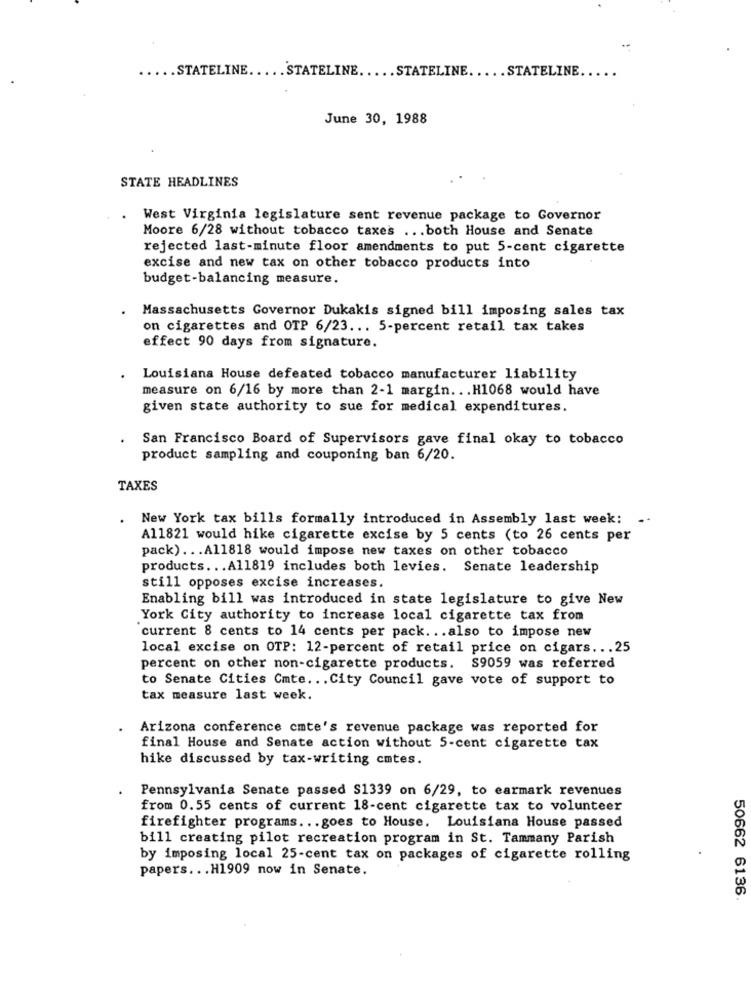
..... STATELINE ..... STATELINE ..... STATELINE ..... STATELINE.
June 30, 1988
STATE HEADLINES
.
West Virginia legislature sent revenue package to Governor
Moore 6/28 without tobacco taxes ... both House and Senate
rejected last-minute floor amendments to put 5-cent cigarette
excise and new tax on other tobacco products into
budget-balancing measure.
Massachusetts Governor Dukakis signed bill imposing sales tax
on cigarettes and OTP 6/23 ... 5-percent retail tax takes
effect 90 days from signature.
Louisiana House defeated tobacco manufacturer liability
measure on 6/16 by more than 2-1 margin .. . H1068 would have
given state authority to sue for medical expenditures.
San Francisco Board of Supervisors gave final okay to tobacco
product sampling and couponing ban 6/20.
TAXES
New York tax bills formally introduced in Assembly last week:
Al1821 would hike cigarette excise by 5 cents (to 26 cents per
pack) ... Al1818 would impose new taxes on other tobacco
products ... A11819 includes both levies. Senate leadership
still opposes excise increases.
Enabling bill was introduced in state legislature to give New
York City authority to increase local cigarette tax from
current 8 cents to 14 cents per pack ... also to impose new
local excise on OTP: 12-percent of retail price on cigars ... 25
percent on other non-cigarette products. S9059 was referred
to Senate Cities Cmte ... City Council gave vote of support to
tax measure last week.
Arizona conference cmte's revenue package was reported for
final House and Senate action without 5-cent cigarette tax
hike discussed by tax-writing cmtes.
Pennsylvania Senate passed S1339 on 6/29, to earmark revenues
from 0.55 cents of current 18-cent cigarette tax to volunteer
firefighter programs ... goes to House. Louisiana House passed
bill creating pilot recreation program in St. Tammany Parish
by imposing local 25-cent tax on packages of cigarette rolling
papers ... H1909 now in Senate.
50662 6136.